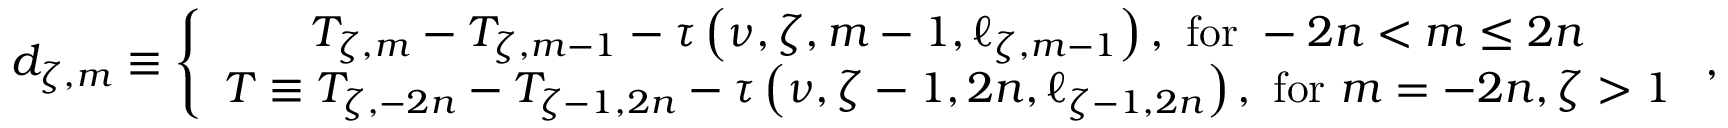
d _ { \zeta , m } \equiv \left\{ \begin{array} { c } { T _ { \zeta , m } - T _ { \zeta , m - 1 } - \tau \left( \nu , \zeta , m - 1 , \ell _ { \zeta , m - 1 } \right) , \mathrm { ~ f o r ~ } - 2 n < m \leq 2 n } \\ { T \equiv T _ { \zeta , - 2 n } - T _ { \zeta - 1 , 2 n } - \tau \left( \nu , \zeta - 1 , 2 n , \ell _ { \zeta - 1 , 2 n } \right) , \mathrm { ~ f o r ~ } m = - 2 n , \zeta > 1 } \end{array} \right. ,